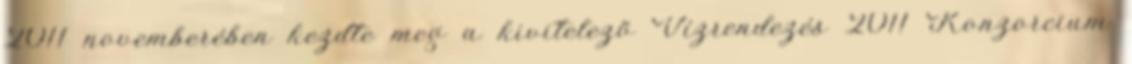
2011 novemberében kezdte meg a kivitelezõ Vízrendezés 2011 Konzorcium